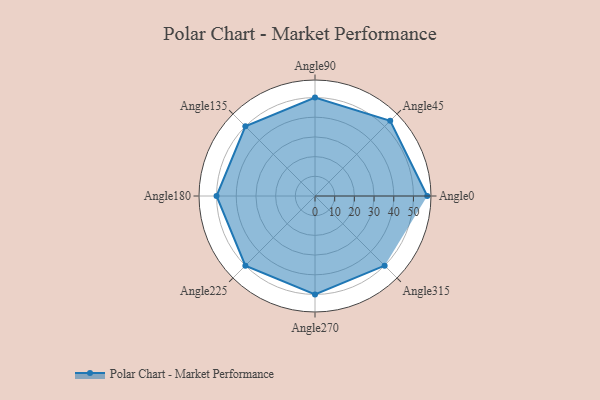
{"axis": {"x": "Angle", "y": "Radius"}, "legend": [""], "data": [{"x": "Angle0", "y": 57.0, "type": ""}, {"x": "Angle45", "y": 54.0, "type": ""}, {"x": "Angle90", "y": 50, "type": ""}, {"x": "Angle135", "y": 50, "type": ""}, {"x": "Angle180", "y": 50, "type": ""}, {"x": "Angle225", "y": 50, "type": ""}, {"x": "Angle270", "y": 50, "type": ""}, {"x": "Angle315", "y": 50, "type": ""}]}